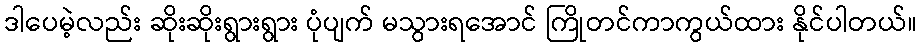
ဒါပေမဲ့လည်း ဆိုးဆိုးရွားရွား ပုံပျက် မသွားရအောင် ကြိုတင်ကာကွယ်ထား နိုင်ပါတယ်။